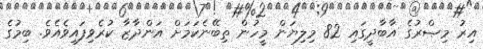
އިރު މިޞްރުގެ އާބާދީގައި 82 މިލިޔަން މީހުން ތިބޭނެކަމަށް އަންދާޒާ ކުރެވިފައިވެއެވެ. ބިމުގެ